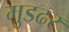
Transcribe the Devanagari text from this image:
मुडढर